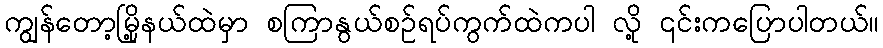
ကျွန်တော့မြို့နယ်ထဲမှာ စကြာနွယ်စဉ်ရပ်ကွက်ထဲကပါ လို့ ၎င်းကပြောပါတယ်။